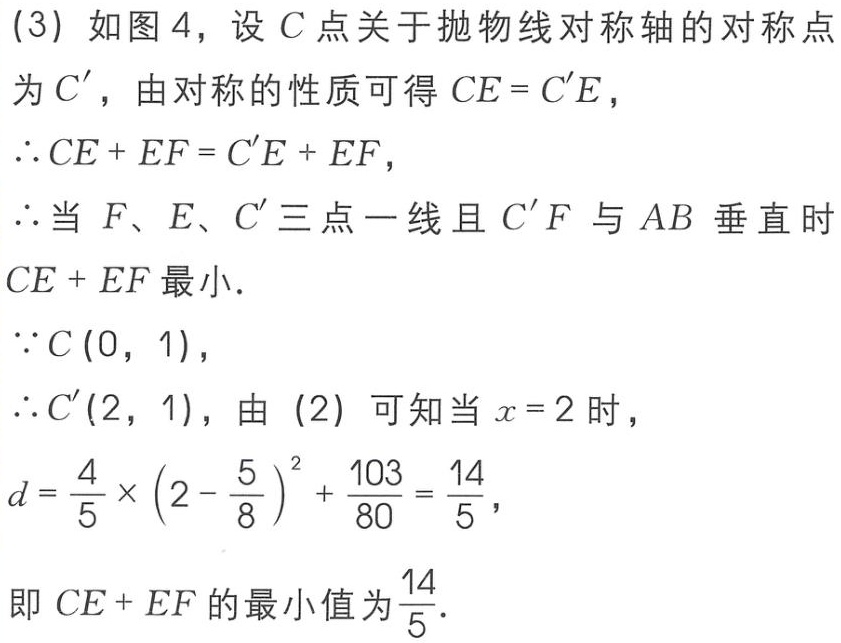
(3) 如图 4，设 \(C\) 点关于抛物线对称轴的对称点为 \(C'\)，由对称的性质可得 \(CE = C'E\)，
\(\therefore CE + EF = C'E + EF\)，
\(\therefore\) 当 \(F、E、C'\) 三点一线且 \(C'F\) 与 \(AB\) 垂直时 \(CE + EF\) 最小.
\(\because C(0,1)\)，
\(\therefore C'(2,1)\)，由 (2) 可知当 \(x = 2\) 时，
\(d=\frac{4}{5}\times\left(2 - \frac{5}{8}\right)^{2}+\frac{103}{80}=\frac{14}{5}\)，
即 \(CE + EF\) 的最小值为 \(\frac{14}{5}\).